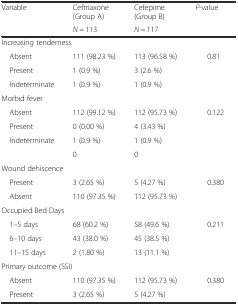
<table><thead><tr><td rowspan="2"><b>Variable</b></td><td><b>Ceftriaxone (Group A)</b></td><td><b>Cefepime (Group B)</b></td><td rowspan="2"><b><i>P</i>-value</b></td></tr><tr><td><b><i>N</i> = 113</b></td><td><b><i>N</i> = 117</b></td></tr></thead><tbody><tr><td colspan="4">Increasing tenderness</td></tr><tr><td> Absent</td><td>111 (98.23 %)</td><td>113 (96.58 %)</td><td rowspan="3">0.81</td></tr><tr><td> Present</td><td>1 (0.9 %)</td><td>3 (2.6 %)</td></tr><tr><td> Indeterminate</td><td>1 (0.9 %)</td><td>1 (0.9 %)</td></tr><tr><td colspan="4">Morbid fever</td></tr><tr><td> Absent</td><td>112 (99.12 %)</td><td>112 (95.73 %)</td><td rowspan="4">0.122</td></tr><tr><td> Present</td><td>0 (0.00 %)</td><td>4 (3.43 %)</td></tr><tr><td> Indeterminate</td><td>1 (0.9 %)</td><td>1 (0.9 %)</td></tr><tr><td></td><td>0</td><td>0</td></tr><tr><td colspan="4">Wound dehiscence</td></tr><tr><td> Present</td><td>3 (2.65 %)</td><td>5 (4.27 %)</td><td rowspan="2">0.380</td></tr><tr><td> Absent</td><td>110 (97.35 %)</td><td>112 (95.73 %)</td></tr><tr><td colspan="4">Occupied Bed Days</td></tr><tr><td> 1–5 days</td><td>68 (60.2 %)</td><td>58 (49.6 %)</td><td rowspan="3">0.211</td></tr><tr><td> 6–10 days</td><td>43 (38.0 %)</td><td>45 (38.5 %)</td></tr><tr><td> 11–15 days</td><td>2 (1.80 %)</td><td>13 (11.1 %)</td></tr><tr><td colspan="4">Primary outcome (SSI)</td></tr><tr><td> Absent</td><td>110 (97.35 %)</td><td>112 (95.73 %)</td><td rowspan="2">0.380</td></tr><tr><td> Present</td><td>3 (2.65 %)</td><td>5 (4.27 %)</td></tr></tbody></table>